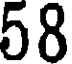
58